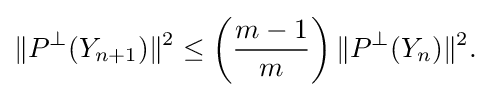
\displaystyle {\|P^{\perp }(Y_{n+1})\|^{2}\leq \left({m-1 \over m}\right)\|P^{\perp }(Y_{n})\|^{2}.}